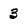
Character: 3